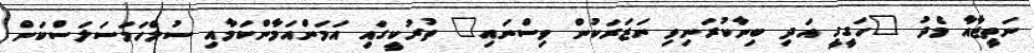
ނަތީޖާއާ މެދު "ހަގީގީ އަދި ބިނާކުރަނިވި ނަޒަރަކުން ވިސްނައި" ތުރުކީގައި އަމަންއަމާންކަމާއި ސުލްހަމަސަލަސްކަން